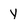
Character: Y